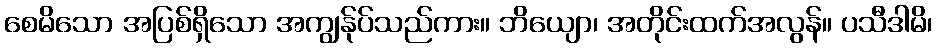
စေမိသော အပြစ်ရှိသော အကျွန်ုပ်သည်ကား။ ဘိယျော၊ အတိုင်းထက်အလွန်။ ပသီဒါမိ၊